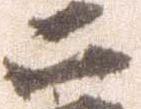
二